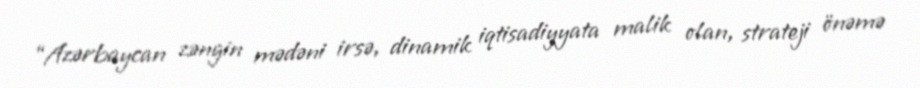
“Azərbaycan zəngin mədəni irsə, dinamik iqtisadiyyata malik olan, strateji önəmə